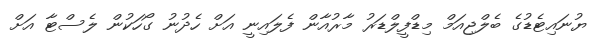
ޔުނައިޓެޑުގެ ބެލްޖިއަމް މިޑްފީލްޑަރު މާރުއާން ފެލައިނީ އަށް ހެދުނު ގޯހަކުން ލެސްޓާ އަށް